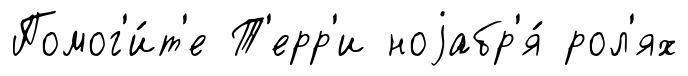
Помог'и́т'е Т'ерр'и ноjабр'я́ рол'ях